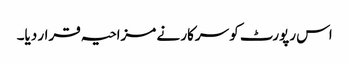
اس رپورٹ کو سرکار نے مزاحیہ قرار دیا۔